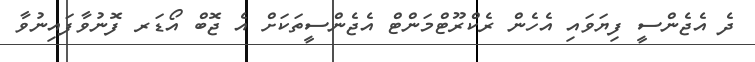
ދެ އެޖެންސީ ފިޔަވައި އެހެން ރެކްރޫޓްމަންޓް އެޖެންސީތަކަށް އެ ޖޮބް އޯޑަރ ފޮނުވާފައިނުވާ